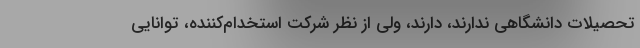
تحصیلات دانشگاهی ندارند، دارند، ولی از نظر شرکت استخدام‌کننده، توانایی